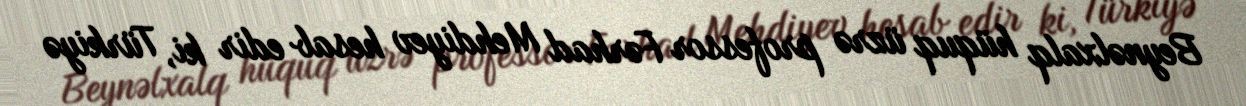
Beynəlxalq hüquq üzrə professor Fərhad Mehdiyev hesab edir ki, Türkiyə